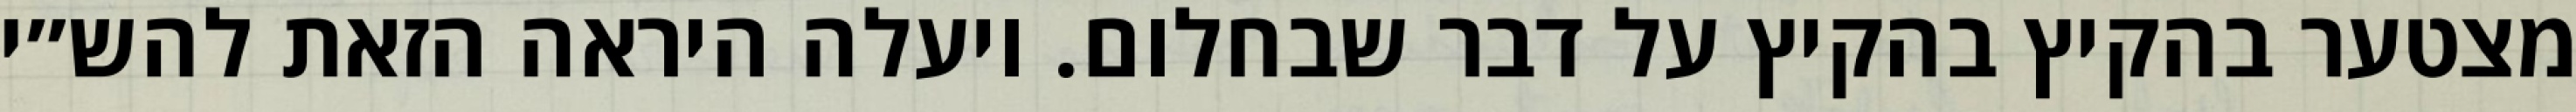
מצטער בהקיץ בהקיץ על דבר שבחלום. ויעלה היראה הזאת להש״י